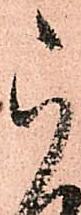
被